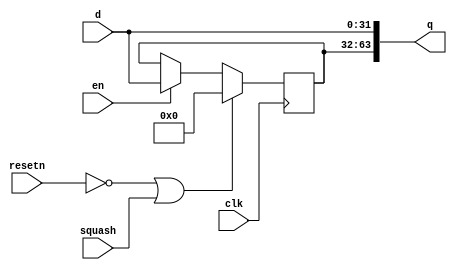
/****************************************************************************
          Pipeline register - for transmitting a signal down several stages

  DEPTH - number of actual pipeline registers needed
****************************************************************************/
module pipe(
    d,
    clk,
    resetn,
    en,
    squash,
    q
    );
parameter WIDTH=32;
parameter DEPTH=1;
parameter RESETVALUE=0;

input [WIDTH-1:0]  d;
input              clk;
input              resetn;
input  [DEPTH-1:0] en;
input  [DEPTH-1:0] squash;
output [WIDTH*(DEPTH+1)-1:0] q;

reg [WIDTH*DEPTH-1:0] tq;
integer i;

  always@(posedge clk)
  begin
    // 1st register
    if (!resetn || squash[0] )
      tq[ WIDTH-1:0 ]<=RESETVALUE;
    else if (en[0])
      tq[ WIDTH-1:0 ]<=d;

    // All the rest registers
    for (i=1; i<DEPTH; i=i+1)
      if (!resetn || squash[i] )
        tq[i*WIDTH +: WIDTH ]<=RESETVALUE;
      else if (en[i])
        tq[i*WIDTH +: WIDTH ]<=tq[(i-1)*WIDTH +: WIDTH ];
  end

  assign q[WIDTH-1:0]=d;
  assign q[WIDTH*(DEPTH+1)-1:WIDTH]=tq;
endmodule

/****************************************************************************
          Hazard checker
 if mode==0 compare entire width of src & dests,
 if mode==1 compare upper WIDTH-SUBWIDTH bits of src & dests
****************************************************************************/
module hazardchecker (
    src,
    src_valid,
    dst,
    dst_valid,
    dst_mode,
    lt_dst,
    lt_dst_valid,
    lt_mode,
    haz
    );
parameter WIDTH=10;
parameter SUBWIDTH=5;
parameter DEPTH=1;
parameter LTDEPTH=1;

input [WIDTH-1:0]  src;
input              src_valid;
input [WIDTH*DEPTH-1:0]  dst;
input [DEPTH-1:0]    dst_valid;
input [DEPTH-1:0]  dst_mode;
input [WIDTH*LTDEPTH-1:0]  lt_dst;
input [LTDEPTH-1:0]    lt_dst_valid;
input [LTDEPTH-1:0]  lt_mode;
output             haz;

reg             t_haz;
reg             t_haz_lt;

integer i,j;

  always@*
  begin
    t_haz=1'b0;
    t_haz_lt=1'b0;

    for (i=0; i<DEPTH; i=i+1)
      if (dst_mode)
        t_haz=t_haz | ((src[WIDTH-1:SUBWIDTH]==dst[i*WIDTH+SUBWIDTH +: WIDTH-SUBWIDTH ])&dst_valid[i]&src_valid);
      else
        t_haz=t_haz | ((src==dst[i*WIDTH +: WIDTH ])&dst_valid[i]&src_valid);

    //Check if src is less than dest - used for hazards in issuer
    for (j=0; j<LTDEPTH; j=j+1)
      if (lt_mode)
        t_haz_lt=t_haz_lt | ((src[WIDTH-1:SUBWIDTH]==lt_dst[j*WIDTH+SUBWIDTH +: WIDTH-SUBWIDTH ])&lt_dst_valid[j]&src_valid);
      else
        t_haz_lt=t_haz_lt | (((src[WIDTH-1:SUBWIDTH]==lt_dst[j*WIDTH+SUBWIDTH +: WIDTH-SUBWIDTH ])&lt_dst_valid[j]&src_valid) && (src[SUBWIDTH-1:0]>=lt_dst[j*WIDTH +: SUBWIDTH]));
  end

  assign haz=(t_haz|t_haz_lt)&src_valid;

endmodule